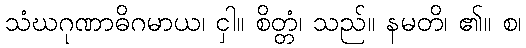
သံဃဂုဏာဓိဂမာယ၊ ငှါ။ စိတ္တံ၊ သည်။ နမတိ၊ ၏။ စ၊